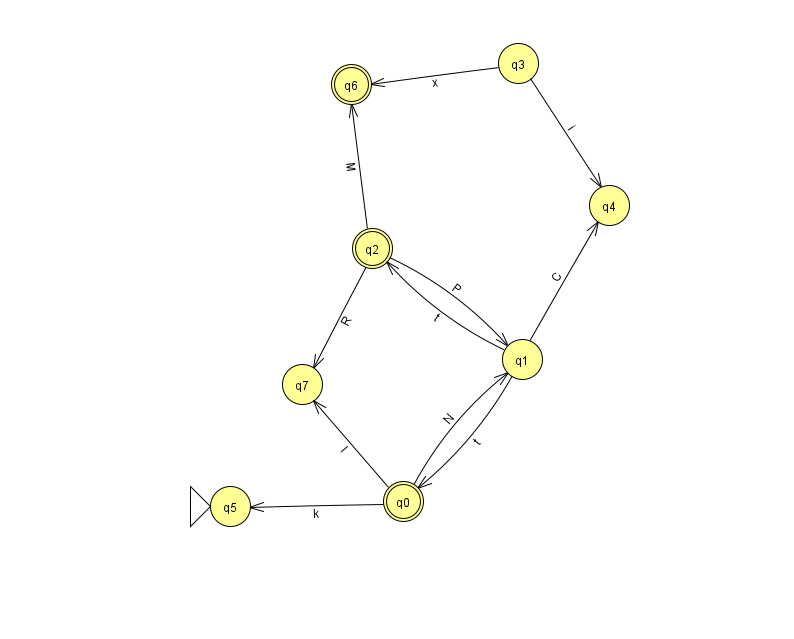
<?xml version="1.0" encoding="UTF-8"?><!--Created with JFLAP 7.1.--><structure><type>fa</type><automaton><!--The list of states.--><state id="0" name="q0"><x>403.0</x><y>488.0</y><final/></state><state id="1" name="q1"><x>522.0</x><y>346.0</y></state><state id="2" name="q2"><x>372.0</x><y>235.0</y><final/></state><state id="3" name="q3"><x>518.0</x><y>50.0</y></state><state id="4" name="q4"><x>609.0</x><y>192.0</y></state><state id="5" name="q5"><x>230.0</x><y>493.0</y><initial/></state><state id="6" name="q6"><x>351.0</x><y>71.0</y><final/></state><state id="7" name="q7"><x>302.0</x><y>371.0</y></state><!--The list of transitions.--><transition><from>0</from><to>5</to><read>k</read></transition><transition><from>1</from><to>0</to><read>t</read></transition><transition><from>2</from><to>6</to><read>M</read></transition><transition><from>3</from><to>4</to><read>i</read></transition><transition><from>3</from><to>6</to><read>x</read></transition><transition><from>1</from><to>2</to><read>t</read></transition><transition><from>0</from><to>1</to><read>N</read></transition><transition><from>0</from><to>7</to><read>I</read></transition><transition><from>2</from><to>1</to><read>P</read></transition><transition><from>2</from><to>7</to><read>R</read></transition><transition><from>1</from><to>4</to><read>C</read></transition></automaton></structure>